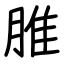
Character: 脽